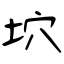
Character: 坹